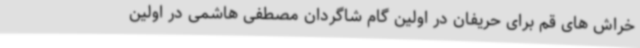
خراش های قم برای حریفان در اولین گام شاگردان مصطفی هاشمی در اولین